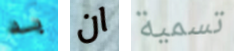
به ان تسمية